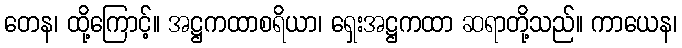
တေန၊ ထို့ကြောင့်။ အဋ္ဌကထာစရိယာ၊ ရှေးအဋ္ဌကထာ ဆရာတို့သည်။ ကာယေန၊